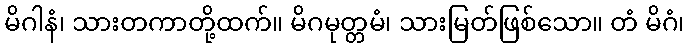
မိဂါနံ၊ သားတကာတို့ထက်။ မိဂမုတ္တမံ၊ သားမြတ်ဖြစ်သော။ တံ မိဂံ၊